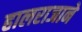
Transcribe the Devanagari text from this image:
हालराजाने